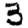
Digit: 3